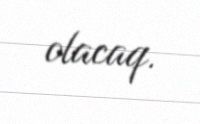
olacaq.